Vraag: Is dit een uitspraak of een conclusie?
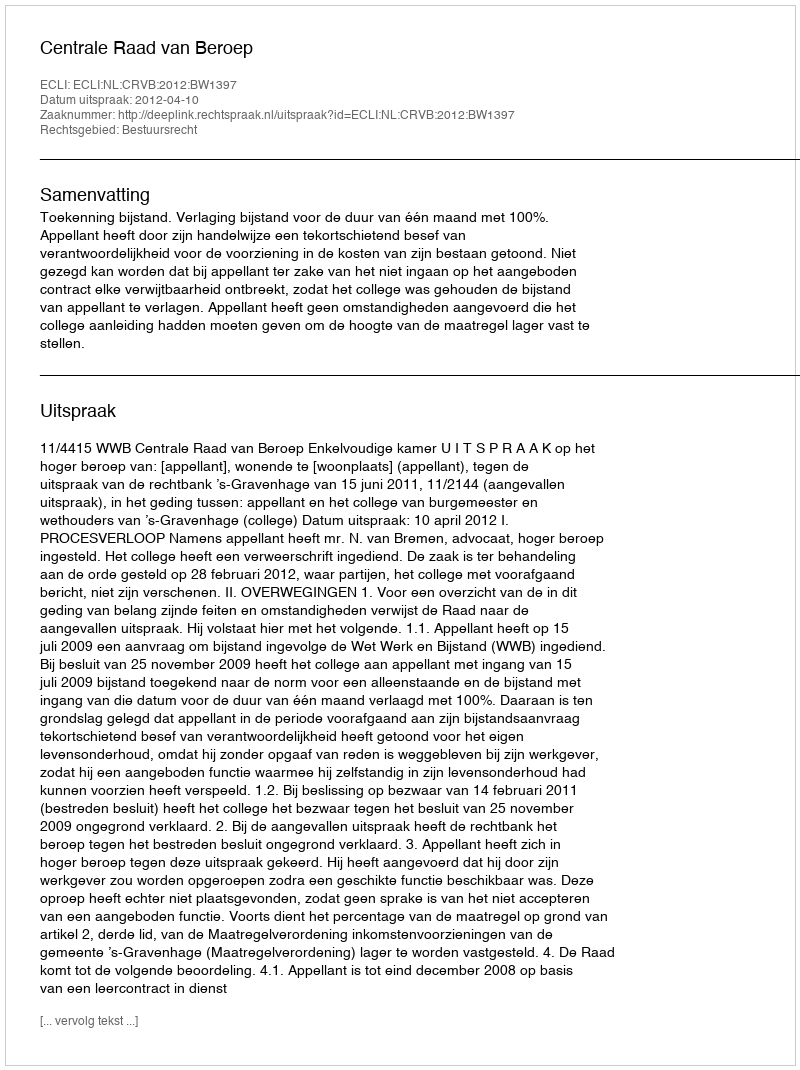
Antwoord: Uitspraak